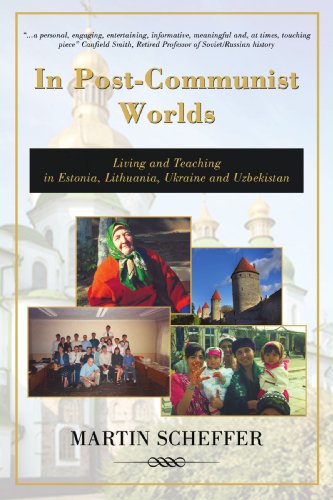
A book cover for In Post-Communist Worlds: Living and Teaching in Estonia, Lithuania, Ukraine and Uzbekistan; Martin Scheffer; Travel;